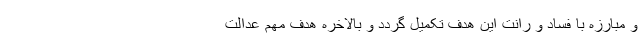
و مبارزه با فساد و رانت این هدف تکمیل گردد و بالاخره هدف مهم عدالت